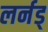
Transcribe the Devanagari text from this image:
लर्नड्